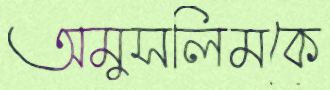
অমুসলিমকে